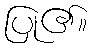
ပြု၏။